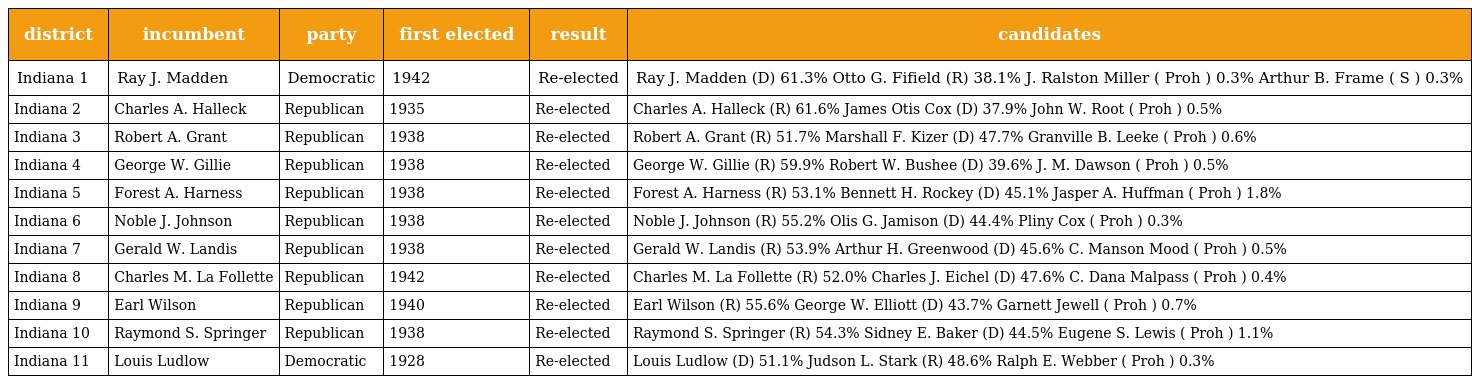
| district | incumbent | party | first elected | result | candidates |
 | --- | --- | --- | --- | --- | --- |
 | Indiana 1 | Ray J. Madden | Democratic | 1942 | Re-elected | Ray J. Madden (D) 61.3% Otto G. Fifield (R) 38.1% J. Ralston Miller ( Proh ) 0.3% Arthur B. Frame ( S ) 0.3% |
 | Indiana 2 | Charles A. Halleck | Republican | 1935 | Re-elected | Charles A. Halleck (R) 61.6% James Otis Cox (D) 37.9% John W. Root ( Proh ) 0.5% |
 | Indiana 3 | Robert A. Grant | Republican | 1938 | Re-elected | Robert A. Grant (R) 51.7% Marshall F. Kizer (D) 47.7% Granville B. Leeke ( Proh ) 0.6% |
 | Indiana 4 | George W. Gillie | Republican | 1938 | Re-elected | George W. Gillie (R) 59.9% Robert W. Bushee (D) 39.6% J. M. Dawson ( Proh ) 0.5% |
 | Indiana 5 | Forest A. Harness | Republican | 1938 | Re-elected | Forest A. Harness (R) 53.1% Bennett H. Rockey (D) 45.1% Jasper A. Huffman ( Proh ) 1.8% |
 | Indiana 6 | Noble J. Johnson | Republican | 1938 | Re-elected | Noble J. Johnson (R) 55.2% Olis G. Jamison (D) 44.4% Pliny Cox ( Proh ) 0.3% |
 | Indiana 7 | Gerald W. Landis | Republican | 1938 | Re-elected | Gerald W. Landis (R) 53.9% Arthur H. Greenwood (D) 45.6% C. Manson Mood ( Proh ) 0.5% |
 | Indiana 8 | Charles M. La Follette | Republican | 1942 | Re-elected | Charles M. La Follette (R) 52.0% Charles J. Eichel (D) 47.6% C. Dana Malpass ( Proh ) 0.4% |
 | Indiana 9 | Earl Wilson | Republican | 1940 | Re-elected | Earl Wilson (R) 55.6% George W. Elliott (D) 43.7% Garnett Jewell ( Proh ) 0.7% |
 | Indiana 10 | Raymond S. Springer | Republican | 1938 | Re-elected | Raymond S. Springer (R) 54.3% Sidney E. Baker (D) 44.5% Eugene S. Lewis ( Proh ) 1.1% |
 | Indiana 11 | Louis Ludlow | Democratic | 1928 | Re-elected | Louis Ludlow (D) 51.1% Judson L. Stark (R) 48.6% Ralph E. Webber ( Proh ) 0.3% |